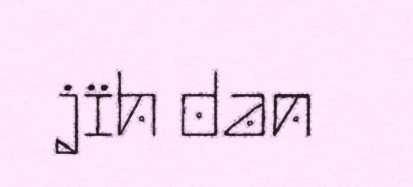
jïh dan